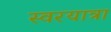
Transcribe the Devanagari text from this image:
स्वरयात्रा